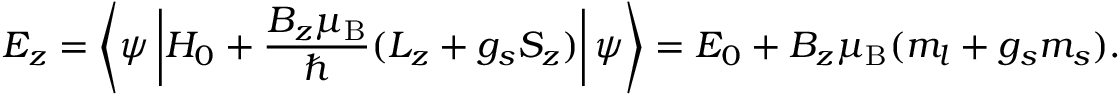
E _ { z } = \left\langle \psi \left| H _ { 0 } + { \frac { B _ { z } \mu _ { \mathrm { { B } } } } { \hbar } } ( L _ { z } + g _ { s } S _ { z } ) \right| \psi \right\rangle = E _ { 0 } + B _ { z } \mu _ { \mathrm { { B } } } ( m _ { l } + g _ { s } m _ { s } ) .